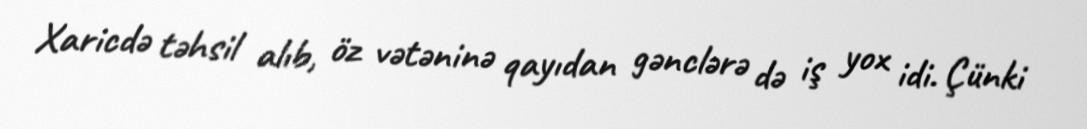
Xaricdə təhsil alıb, öz vətəninə qayıdan gənclərə də iş yox idi. Çünki